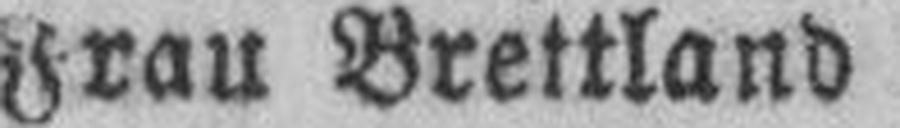
Frau Brettland